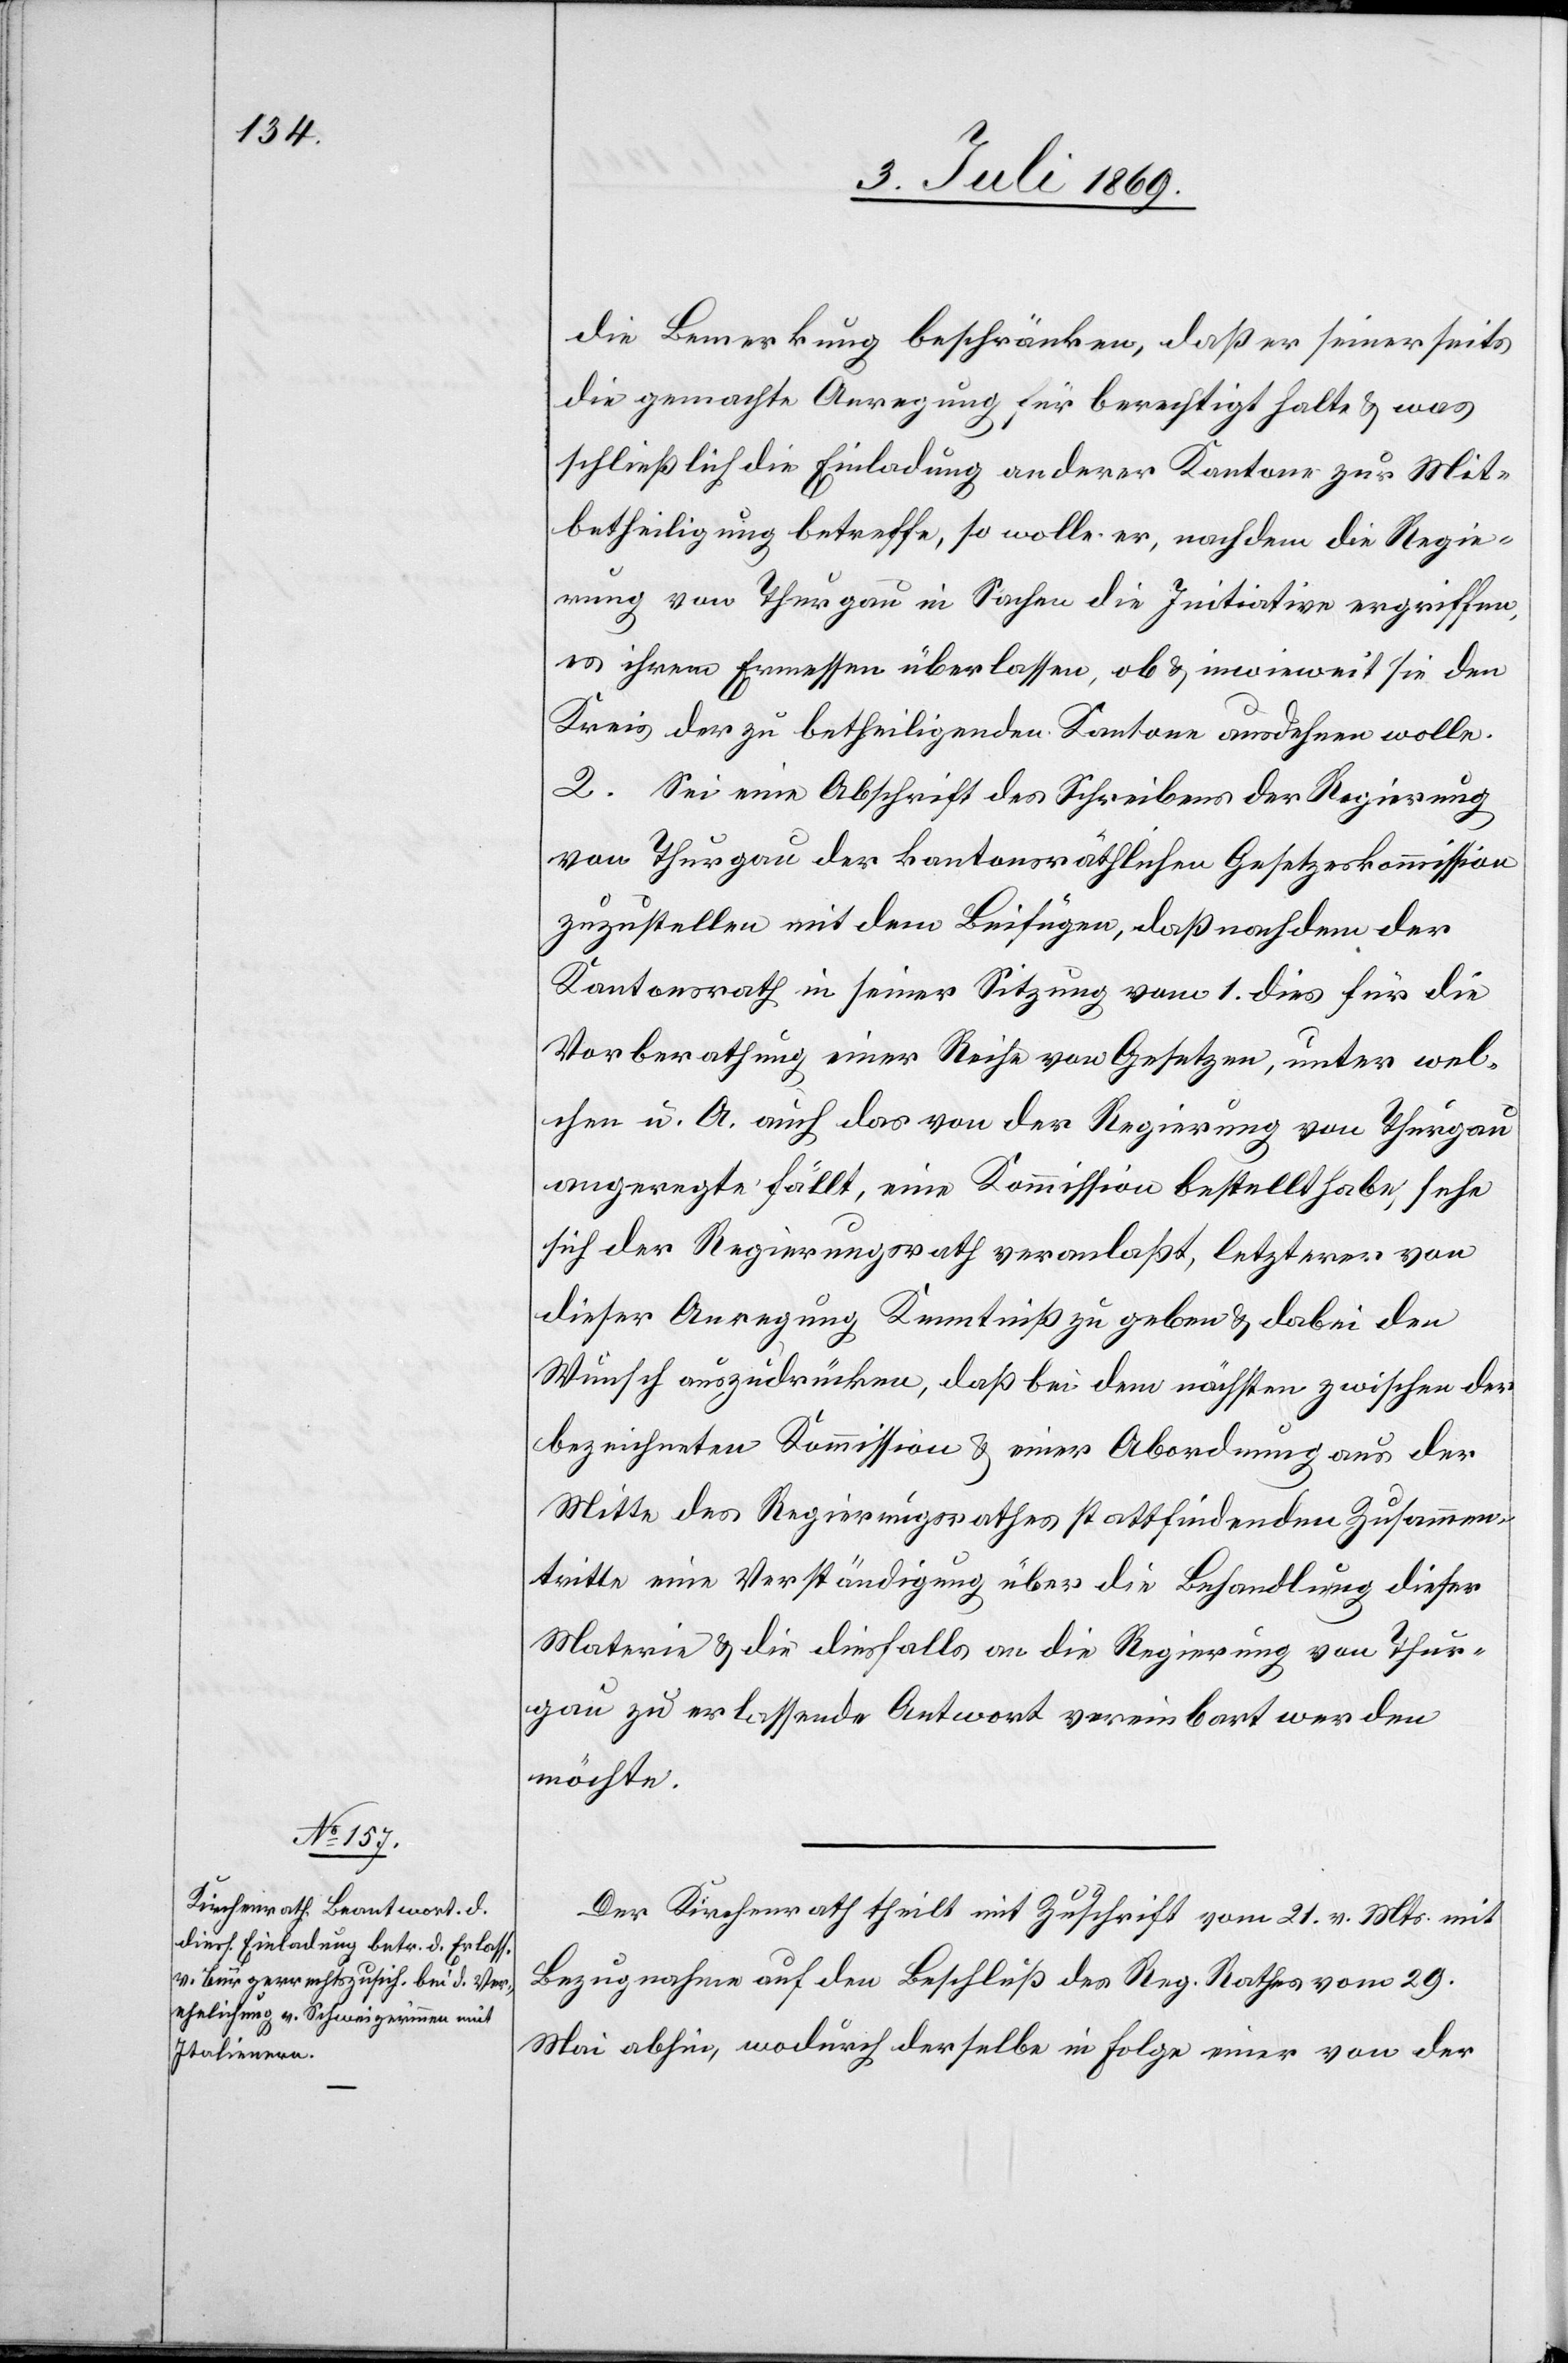
die Bemerkung beschränken, daß er seinerseits
die gemachte Anregung für berechtigt halte u. was
schließlich die Einladung anderer Kantone zur Mit¬
betheiligung betreffe, so wolle er, nachdem die Regie¬
rung von Thurgau in Sachen der Initiative ergriffen,
es ihrem Ermessen überlassen, ob u. inwieweit sie den
Kreis der zu betheiligenden Kantone ausdehnen wolle.
2. Sei eine Abschrift des Schreibens der Regierung
von Thurgau der kantonsräthlichen Gesetzeskommission
zuzustellen mit dem Beifügen, daß nachdem der
Kantonsrath in seiner Sitzung vom 1 dies für die
Vorberathung einer Reihe von Gesetzen, unter wel¬
chen u. A. auch das von der Regierung von Thurgau
angeregte fällt, eine Kommission bestellt habe, sehe
sich der Regierungsrath veranlaßt, letzterer von
dieser Anregung Kenntniß zu geben u. dabei den
Wunsch auszudrücken, daß bei dem nächsten zwischen der
bezeichneten Kommission u. einer Abordnung aus der
Mitte des Regierungsrathes stattfindenden Zusammen¬
tritte eine Verständigung über die Behandlung dieser
Materie u. die diesfalls an die Regierung von Thur¬
gau zu erlassende Antwort vereinbart werden
möchte.
Der Kirchenrath theilt mit Zuschrift vom 21 v. Mts. mit
Bezugnahme auf den Beschluß des Reg. Rathes vom 29
Mai abhin, wodurch derselbe in Folge einer von der